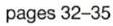
pages 32-35